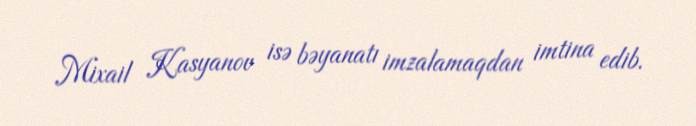
Mixail Kasyanov isə bəyanatı imzalamaqdan imtina edib.